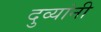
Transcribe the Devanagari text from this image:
दुव्यांनी